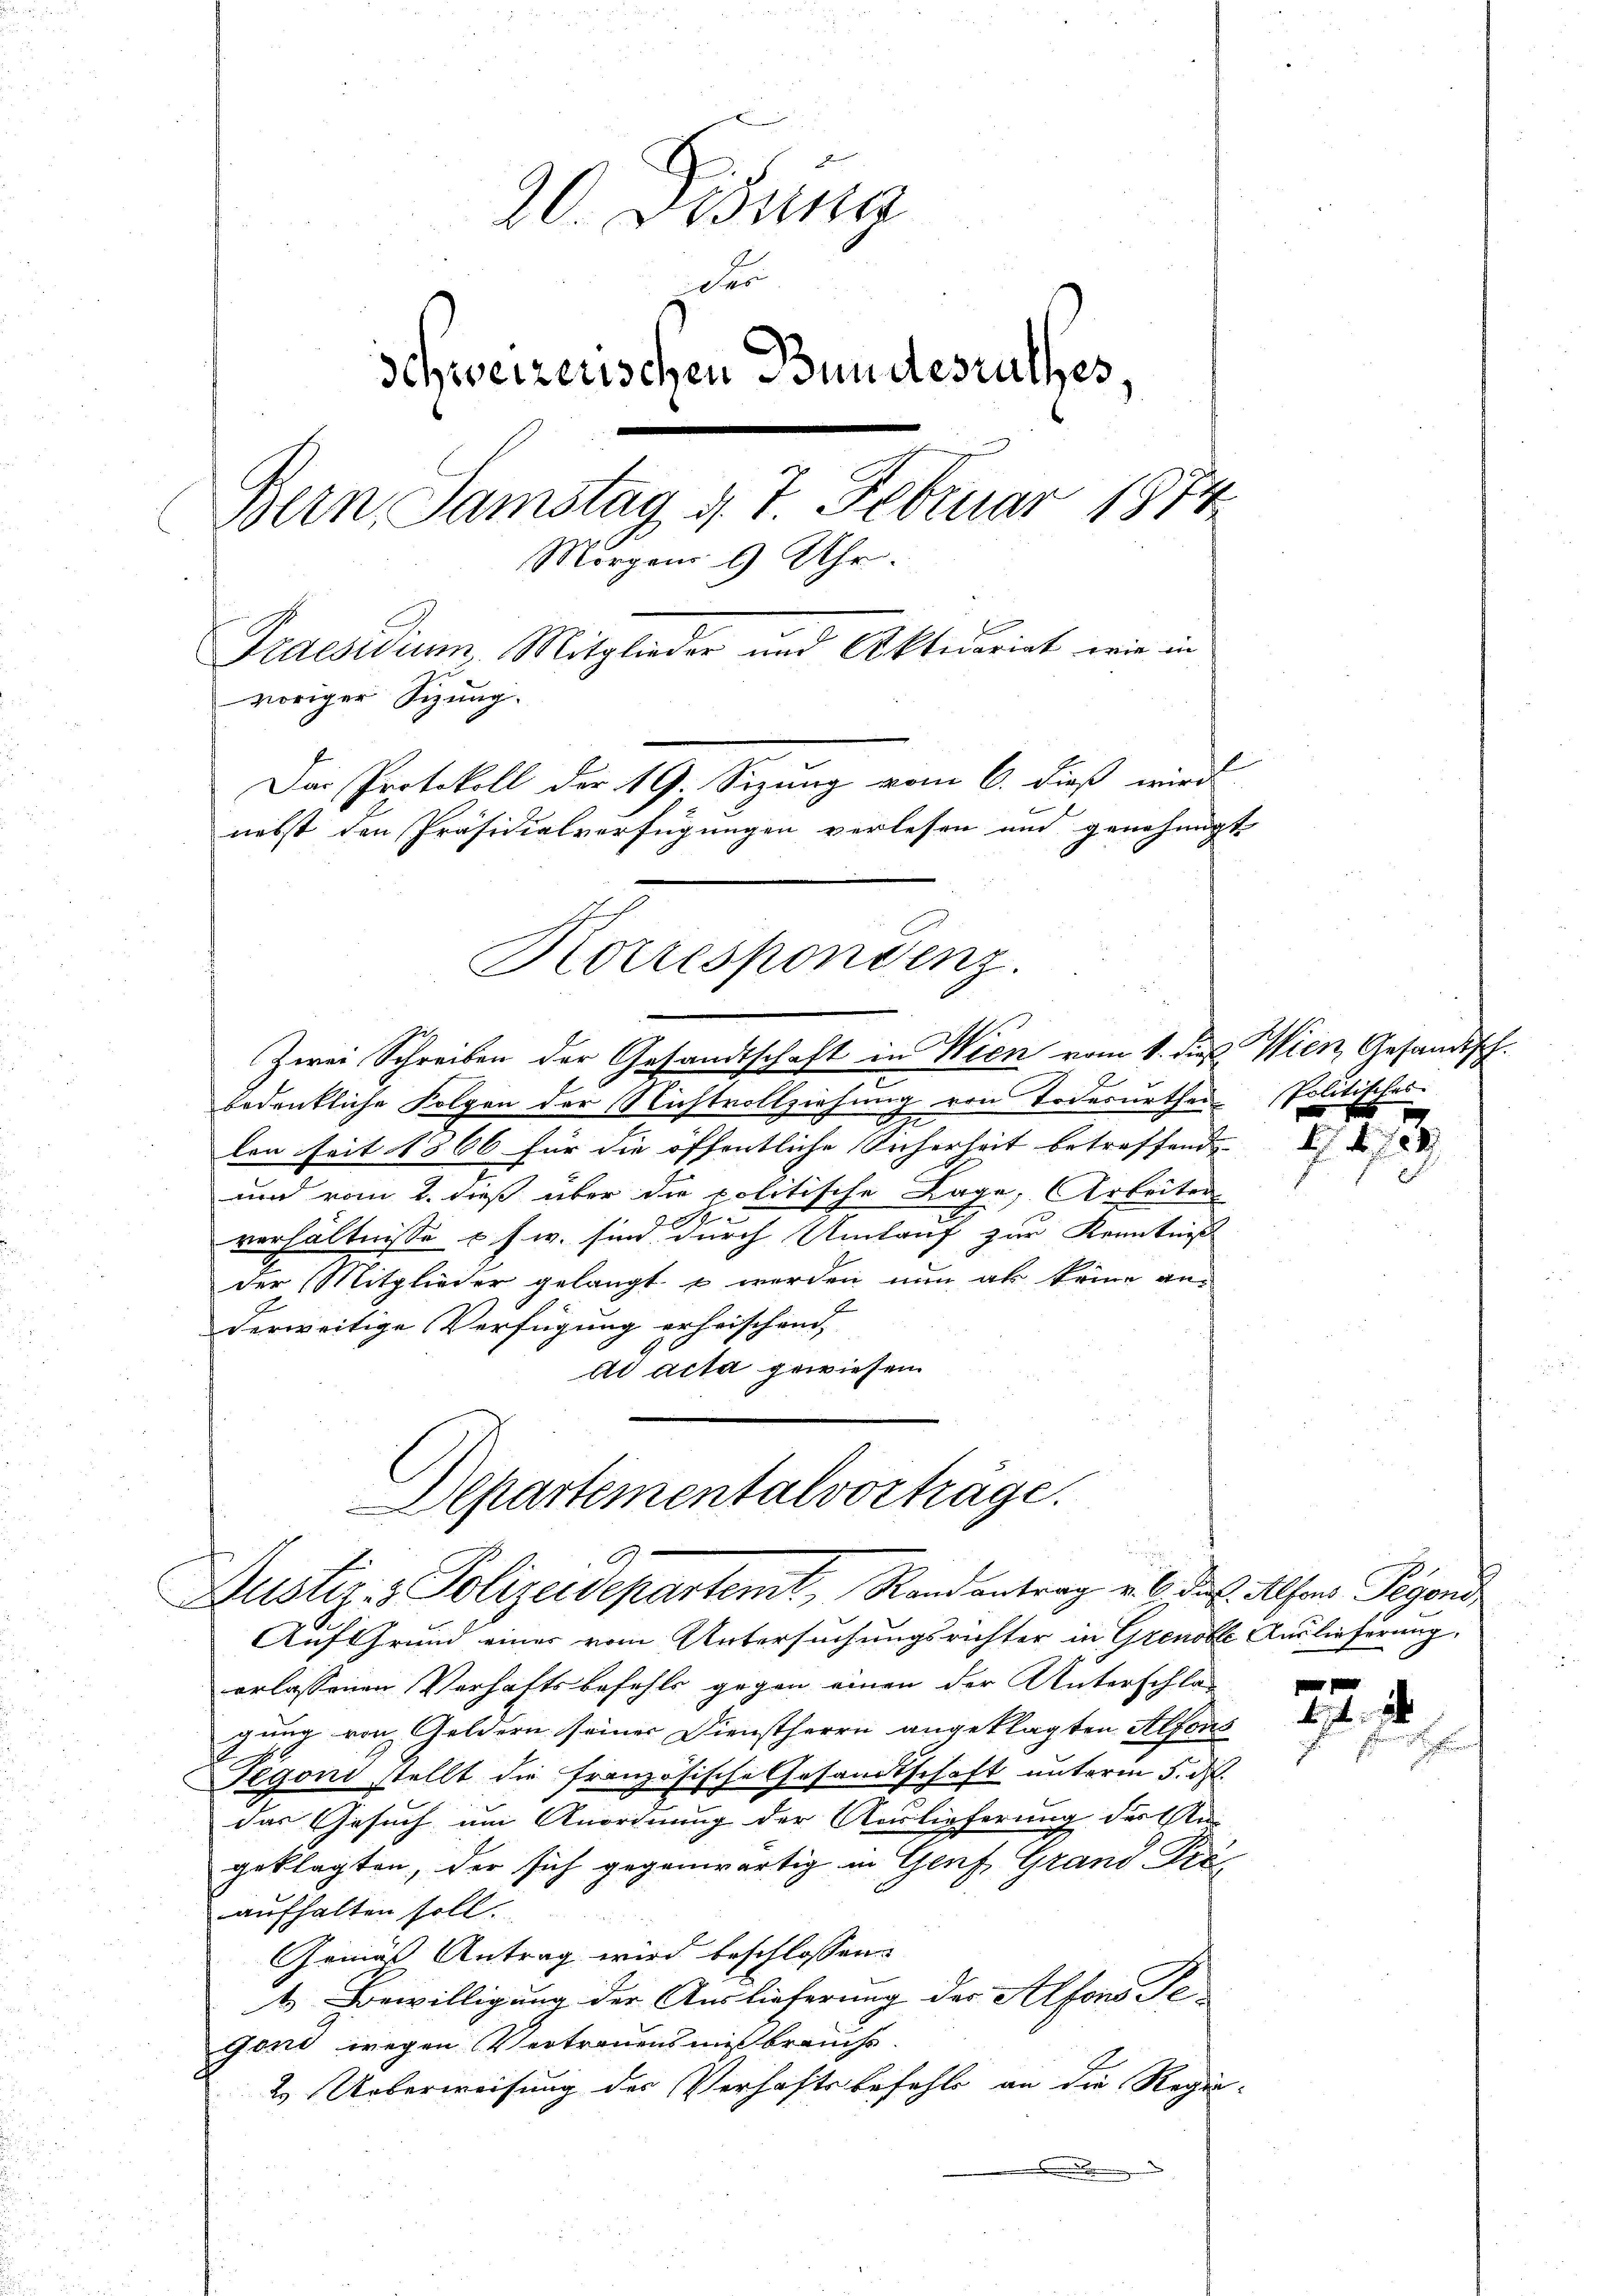
20. Didung
Fer
schweizerischen Bundesrathes,
Bern Samstag d. 7. Februar 1874
Morgens 6 Uhr.
Praesidium, Mitglieder und Aktuariat wie in
voriger Sizung.
Das Protokoll der 19. Sizung vom 6. dieß wird
nebst den Präsidialverfügungen verlesen und genehmigt

Korrespondenz.

Zwei Schreiben der Gesandtschaft in Wien vom 1. dies
bedenkliche Folgen der Nichtvollziehung von Todesurthei
len seit 1866 für die öffentliche Sicherheit betreffend |
und vom 2. dieß über die politische Lage, Arbeiten
h
verhältnisse u. s. w. sind durch Umtauf zur Kenntniß
der Mitglieder gelangt werden nun als keine anderweitige Verfügung erheischend,
ad acta gewiesen.
Auf Grund einer vom Untersuchungsrichter in Grenoble Auslieferung
erlassenen Verhaftsbefehls gegen einen der Unterschla-
gung von Geldern seiner Dienstherrn angeklagten Alfon
Pegoni stellt die französische Gesandtschaft unterm 5. d.
das Gesuch um Anordnung der Auslieferung der Un-
geklagten, der sich gegenwärtig in Genf, Grand Pra
aufhalten soll.
Gemäß Antrag wird beschlossen:
4. Bewilligung der Auslieferung der Alfons Te-
gond wegen Vertrauensmißbrauchs.
2. Ueberweisung der Verhaftsbefehls an die Regie
e

Departementalvorträge.
G
Justiz- & Polizeidepartemt, Randantrag v. 6. ds. Alfons Pegons,

Wien Gesandtsch.
Politikal
e

22. d.
e